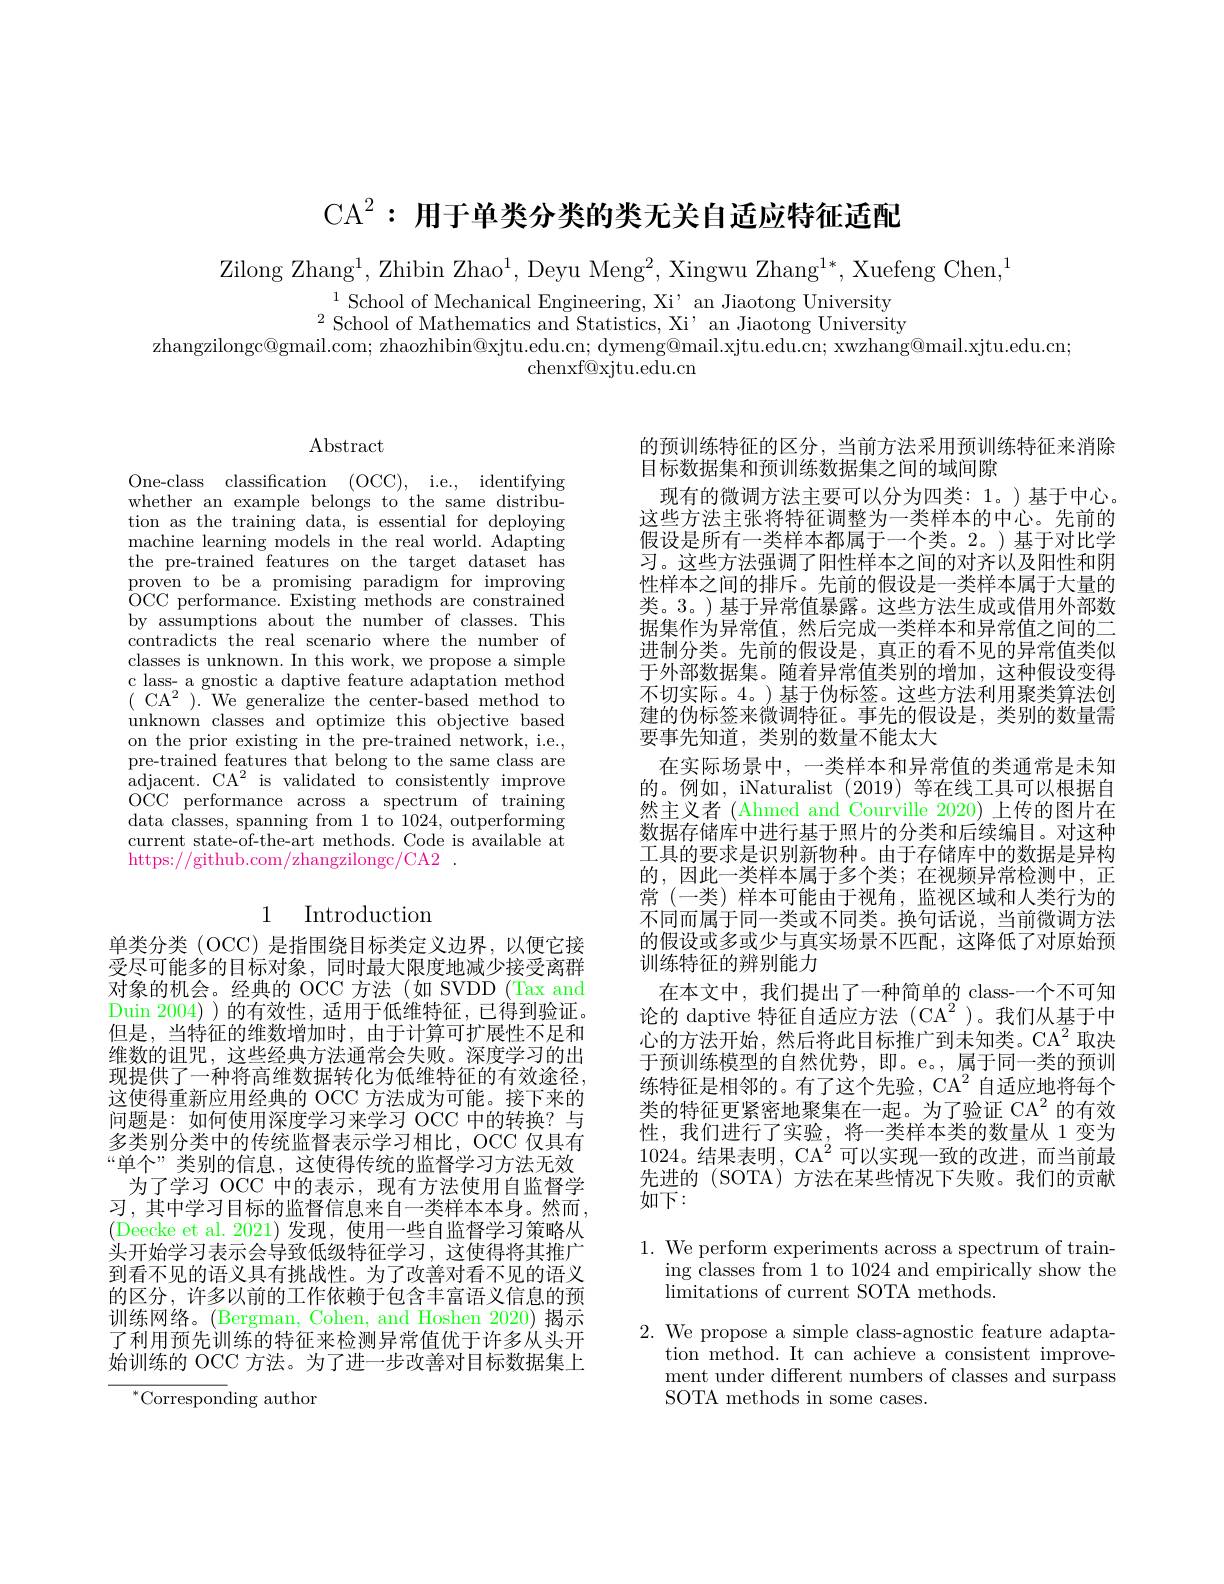
$\mathrm{CA}^2: \textbf{ 用 于 单 类 分 类 的 类 无 关 自 适 应 特 征 适 配 }$

$\mathrm{Zilong~Zhang^{1},~Zhibin~Zhao^{1},~Deyu~Meng^{2},~Xingwu~Zhang^{1*},~Xuefeng~Chen,}^{1}$

$^{1}$School of Mechanical Engineering, Xi' an Jiaotong University ${}^{2}{\mathrm{School~of~Mathematics~and~Statistics,~Xi~}}^{2}$an Jiaotong University
zhangzilongc@gmail.com; zhaozhibin@xjtu.edu.cn; dymeng@mail.xjtu.edu.cn; xwzhang@mail.xjtu.edu.cn;
chenxf@xjtu.edu.cn

$\operatorname{Abstract}$

One-class classification (OCC), i.e., identifying whether an example belongs to the same distribution as the training data, is essential for deploying machine learning models in the real world. Adapting the pre-trained features on the target dataset has proven to be a promising paradigm for improving OCC performance. Existing methods are constrained by assumptions about the number of classes. This contradicts the real scenario where the number of classes is unknown. In this work, we propose a simple c lass- a gnostic a daptive feature adaptation method $(\begin{array}{cc}{\mathrm{CA}^{2}}\end{array}).$We generalize the center-based method to unknown classes and optimize this objective based on the prior existing in the pre-trained network, i.e., pre-trained features that belong to the same class are adjacent. CA$^2$ is validated to consistently improve OCC performance across a spectrum of training data classes, spanning from 1 to 1024, outperforming current state-of-the-art methods. Code is available at https://github.com/zhangzilongc/CA2

## 1 Introduction

单类分类 (OCC) 是指围绕目标类定义边界，以便它接受尽可能多的目标对象，同时最大限度地减少接受离群对象的机会。经典的 OCC 方法 (如 SVDD (Tax and Duin 2004))的有效性，适用于低维特征，已得到验证。但是，当特征的维数增加时，由于计算可扩展性不足和维数的诅咒，这些经典方法通常会失败。深度学习的出现提供了一种将高维数据转化为低维特征的有效途径， 这使得重新应用经典的 OCC 方法成为可能。接下来的问题是：如何使用深度学习来学习 OCC 中的转换？与多类别分类中的传统监督表示学习相比，OCC 仅具有“单个”类别的信息，这使得传统的监督学习方法无效
为了学习 OCC 中的表示，现有方法使用自监督学习，其中学习目标的监督信息来自一类样本本身。然而， (Deecke et al.2021)发现，使用一些自监督学习策略从头开始学习表示会导致低级特征学习，这使得将其推广到看不见的语义具有挑战性。为了改善对看不见的语义的区分，许多以前的工作依赖于包含丰富语义信息的预训练网络。(Bergman, Cohen, and Hoshen 2020) 揭示了利用预先训练的特征来检测异常值优于许多从头开始训练的 OCC 方法。为了进一步改善对目标数据集上

$^{*}$Corresponding author

的预训练特征的区分，当前方法采用预训练特征来消除
目标数据集和预训练数据集之间的域间隙
现有的微调方法主要可以分为四类：1。)基于中心。这些方法主张将特征调整为一类样本的中心。先前的假设是所有一类样本都属于一个类。2。)基于对比学习。这些方法强调了阳性样本之间的对齐以及阳性和阴性样本之间的排斥。先前的假设是一类样本属于大量的类。3。) 基于异常值暴露。这些方法生成或借用外部数据集作为异常值，然后完成一类样本和异常值之间的二进制分类。先前的假设是，真正的看不见的异常值类似于外部数据集。随着异常值类别的增加，这种假设变得不切实际。4。) 基于伪标签。这些方法利用聚类算法创建的伪标签来微调特征。事先的假设是，类别的数量需要事先知道，类别的数量不能太大
在实际场景中，一类样本和异常值的类通常是未知的。例如，iNaturalist (2019)等在线工具可以根据自然主义者 (Ahmed and Courville 2020) 上传的图片在数据存储库中进行基于照片的分类和后续编目。对这种工具的要求是识别新物种。由于存储库中的数据是异构的，因此一类样本属于多个类；在视频异常检测中，正常 (一类) 样本可能由于视角，监视区域和人类行为的不同而属于同一类或不同类。换句话说，当前微调方法的假设或多或少与真实场景不匹配，这降低了对原始预训练特征的辨别能力
在本文中，我们提出了一种简单的 class-一个不可知论的 daptive 特征自适应方法 (CA$^2$ )。我们从基于中$心的方法开始，然后将此目标推广到未知类。CA^2 取决$ 于预训练模型的自然优势，即。e。,属于同一类的预训练特征是相邻的。有了这个先验，CA$^2$自适应地将每个类的特征更紧密地聚集在一起。为了验证 CA$^{2}$的有效性，我们进行了实验，将一类样本类的数量从 1 变为1024。结果表明，CA$^2$可以实现一致的改进，而当前最先进的 (SOTA) 方法在某些情况下失败。我们的贡献如下：

1. We perform experiments across a spectrum of train-
ing classes from 1 to 1024 and empirically show the
$\operatorname*{limitations~of~current~SOTA~methods.}$

2. We propose a simple class-agnostic feature adapta-
tion method. It can achieve a consistent improvement under different numbers of classes and surpass SOTA methods in some cases.